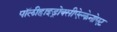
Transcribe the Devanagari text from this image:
पॉलीहाइड्रोक्सीऐल्केनोएट